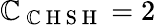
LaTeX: {\cal\mathbb{C}}_{\mathrm{{~\mathbb{C}~H~S~H~}}}=2